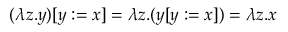
( \lambda z . y ) [ y : = x ] = \lambda z . ( y [ y : = x ] ) = \lambda z . x